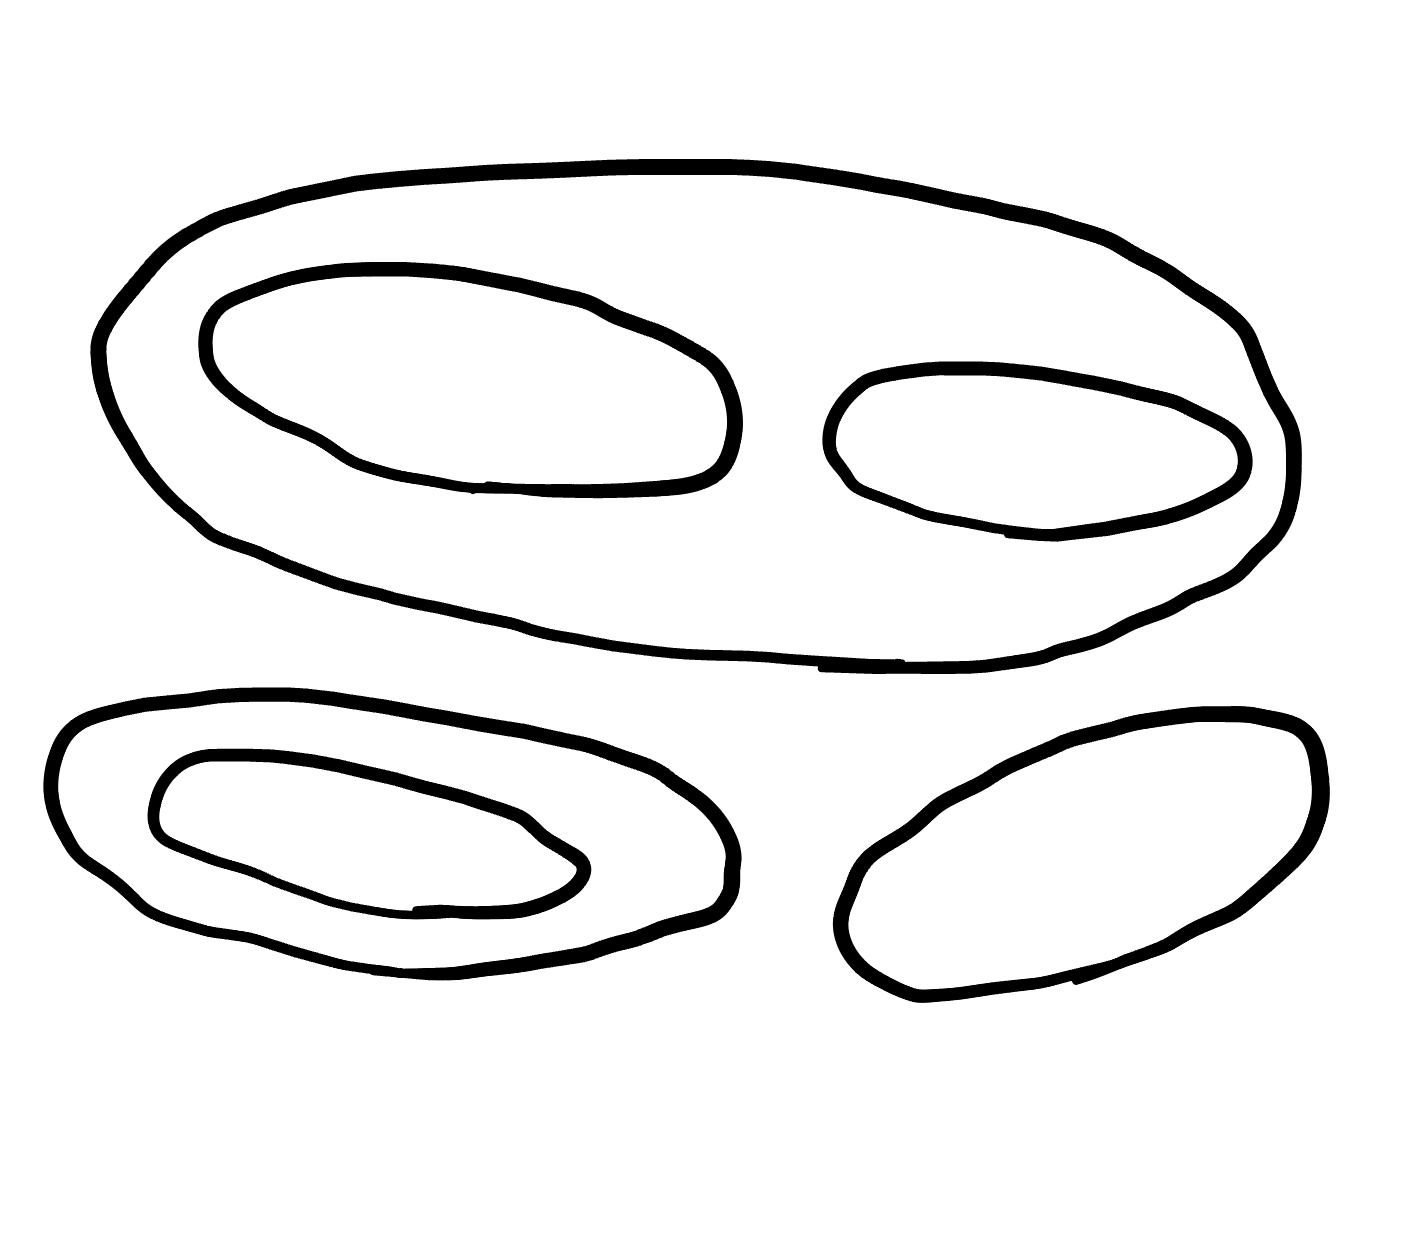
Number of regions (including the outer root region): 7
Containment tree edges (parent, child): 0, 1, 0, 2, 0, 4, 2, 3, 4, 5, 4, 6